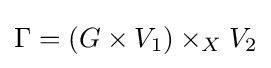
\Gamma =(G\times V_{1})\times _{X}V_{2}